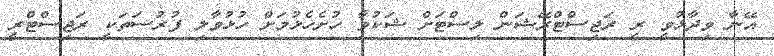
އޭނާ ވިދާޅުވީ ރީ ރަޖިސްޓްރޭޝަން ލިސްޓަށް ޝަކުވާ ހުށެހެޅުމަށް ހުޅުވާލި ފުރުސަތަކީ ރަޖިސްޓްރީ